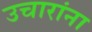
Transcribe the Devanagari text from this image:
उचारांना